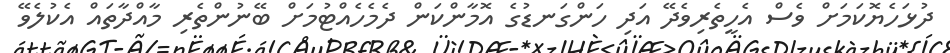
ދުޅަހެޔޮކަމަށް ވެސް އެހީތެރިވެދޭ އަދި ހަންގަނޑުގެ އޮމާންކަން ދެމެހެއްޓުމަށް ބޭނުންތެރި މާއްދާތައް އެކުލެވޭ